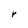
Character: r